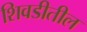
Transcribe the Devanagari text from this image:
शिवडीतील